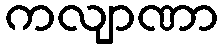
ကလျာဏာ